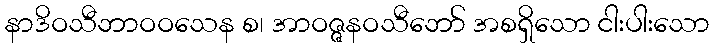
နာဒိဝသီဘာဝဝသေန စ၊ အာဝဇ္ဇနဝသီဘော် အစရှိသော ငါးပါးသော